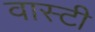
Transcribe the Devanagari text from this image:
वास्टी